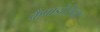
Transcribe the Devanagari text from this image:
कैपाडोसिया